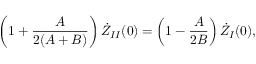
\left( 1 + \frac { A } { 2 ( A + B ) } \right) \dot { Z } _ { I I } ( 0 ) = \left( 1 - \frac { A } { 2 B } \right) \dot { Z } _ { I } ( 0 ) ,